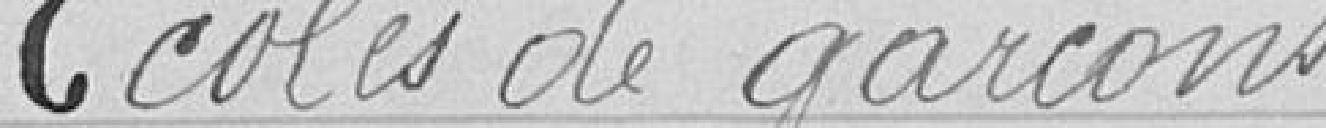
Écoles de garçons